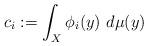
\begin{align*} c_i := \int_{X} \phi_i(y)~ d\mu(y)\end{align*}